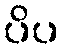
ပိပ